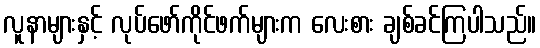
လူနာများနှင့် လုပ်ဖော်ကိုင်ဖက်များက လေးစား ချစ်ခင်ကြပါသည်။